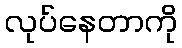
လုပ်နေတာကို